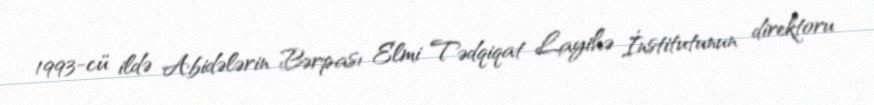
1993-cü ildə Abidələrin Bərpası Elmi Tədqiqat Layihə İnstitutunun direktoru